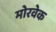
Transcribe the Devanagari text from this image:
मोरवेक